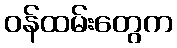
ဝန်ထမ်းတွေက